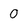
Character: O